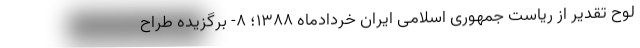
لوح تقدیر از ریاست جمهوری اسلامی ایران خردادماه ۱۳۸۸؛ ۸- برگزیده طراح